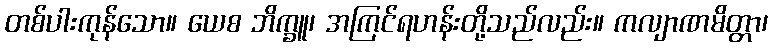
တစ်ပါးကုန်သော။ ယေစ ဘိက္ခူ၊ အကြင်ရဟန်းတို့သည်လည်း။ ကလျာဏမိတ္တာ၊